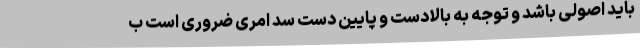
باید اصولی باشد و توجه به بالادست و پایین دست سد امری ضروری است ب